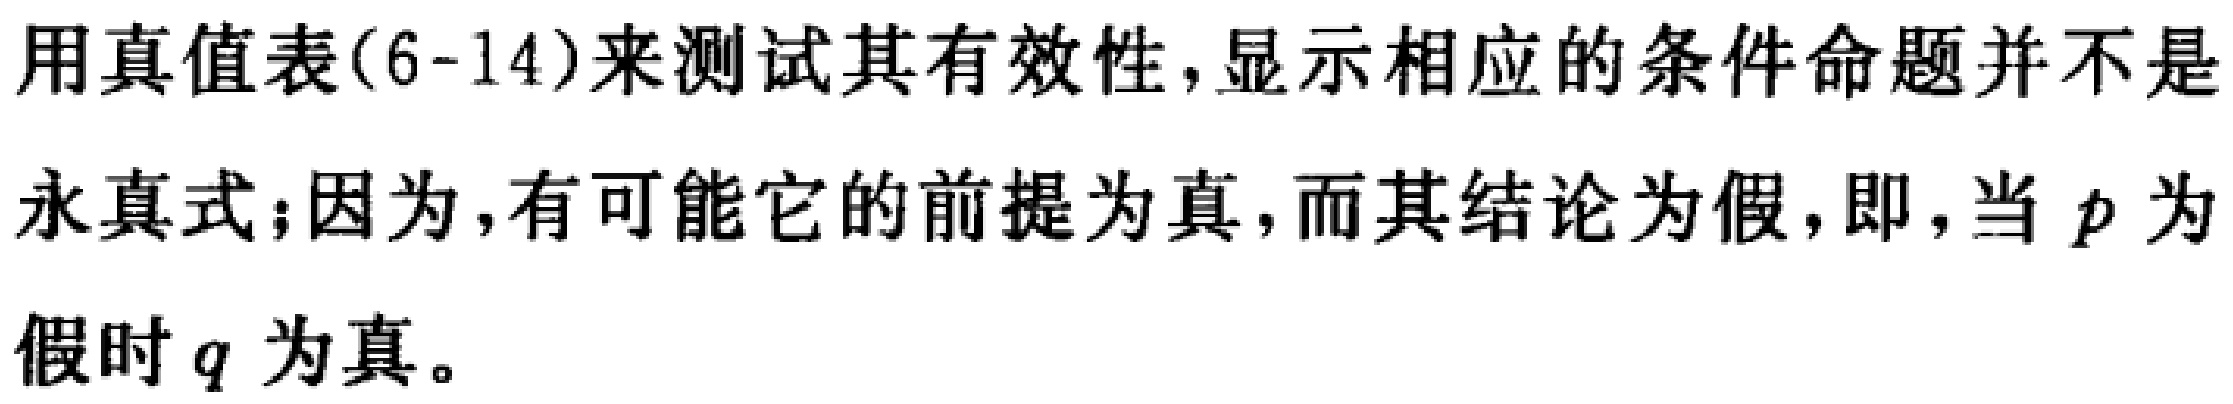
用真值表(6-14)来测试其有效性,显示相应的条件命题并不是
永真式;因为,有可能它的前提为真,而其结论为假,即,当 \(p\) 为
假时 \(q\) 为真。